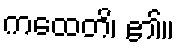
ကထေတိ၊ ၏။